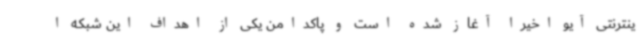
ینترنتی آیو اخیراً آغاز شده است و پاکدامن یکی از اهداف این شبکه ا